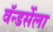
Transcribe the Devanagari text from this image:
वॅन्डर्सेला